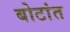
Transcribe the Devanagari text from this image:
बोटांत